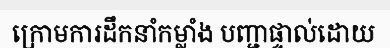
ក្រោមការដឹកនាំកម្លាំង បញ្ជាផ្ទាល់ដោយ